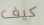
كيف